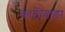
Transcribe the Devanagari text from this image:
काठीवाडा